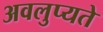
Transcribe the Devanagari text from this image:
अवलुप्यते